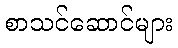
စာသင်ဆောင်များ